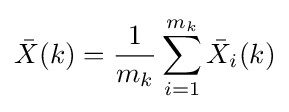
{\bar {X}}(k)={\frac {1}{m_{k}}}\sum _{i=1}^{m_{k}}{\bar {X}}_{i}(k)